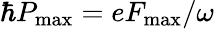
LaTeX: \hbar P_{\mathrm{max}}=eF_{\mathrm{max}}/\omega